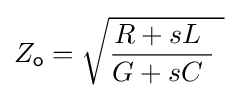
Z_{\mathsf {o}}={\sqrt {{\frac {R+sL\ }{G+sC\ }}\ }}